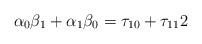
LaTeX: \begin{align*}\alpha_{0}\beta_{1}+\alpha_{1}\beta_{0}=\tau_{10}+\tau_{11}2\end{align*}